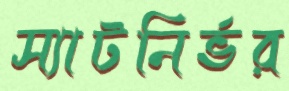
স্যাটনির্ভর